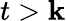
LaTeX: t>\mathbf{k}